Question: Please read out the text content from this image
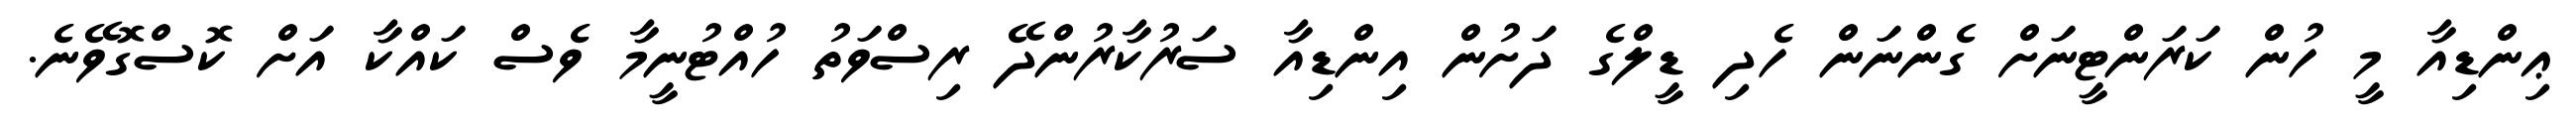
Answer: ޢިންޑިއާ މީ ހުން ކަރަންޓީނަށް ގެންނަން ހެދި ޑީލްގެ ދަށުން އިންޑިއާ ސަރުކާރުންދޭ ރިސްވަތު ހުއްޓުނީމާ ވެސް ކައްކާ އަށް ކޮސްގޮވޭނެ.